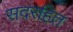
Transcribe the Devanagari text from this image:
सदरहित